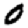
Digit: 0